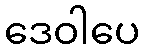
ဒေဝါပေ